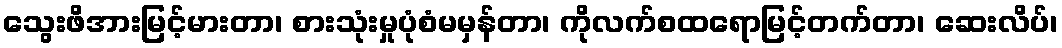
သွေးဖိအားမြင့်မားတာ၊ စားသုံးမှုပုံစံမမှန်တာ၊ ကိုလက်စထရောမြင့်တက်တာ၊ ဆေးလိပ်၊